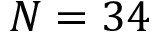
N = 3 4